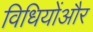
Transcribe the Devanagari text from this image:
विधियोंऔर